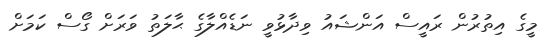
މީގެ އިތުރުން ރައީސް އަންޝައު ވިދާޅުވީ ނަޑެއްލާގެ ޙާލަތު ވަރަށް ގޯސް ކަމަށް